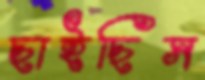
ছাইছিস